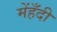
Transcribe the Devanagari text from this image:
मेंहँदी